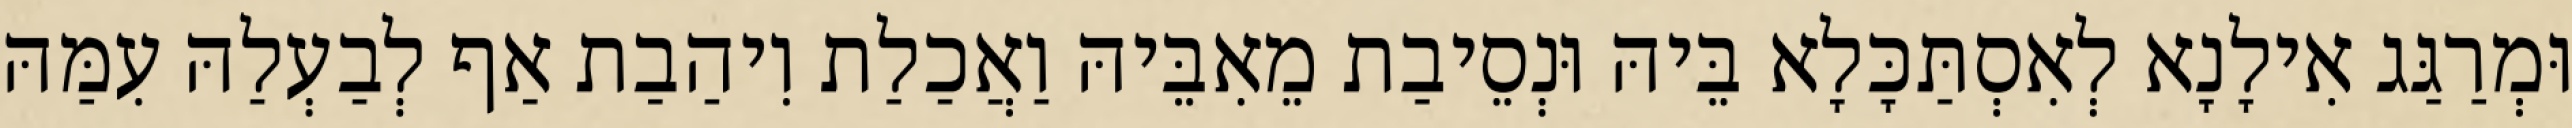
וּמְרַגַּג אִילָנָא לְאִסְתַּכָּלָא בֵּיהּ וּנְסֵיבַת מֵאִבֵּיהּ וַאֲכַלַת וִיהַבַת אַף לְבַעְלַהּ עִמַּהּ